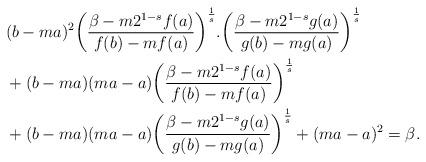
LaTeX: \begin{align*} &(b-ma)^2\bigg(\frac{\beta-m2^{1-s}f(a)}{f(b)-mf(a)}\bigg)^\frac{1}{s}.\bigg(\frac{\beta-m2^{1-s}g(a)}{g(b)-mg(a)}\bigg)^\frac{1}{s}\\ & + (b-ma)(ma-a) \bigg(\frac{\beta-m2^{1-s}f(a)}{f(b)-mf(a)}\bigg)^{\frac{1}{s}}\\ & +(b-ma)(ma-a)\bigg(\frac{\beta-m2^{1-s}g(a)}{g(b)-mg(a)}\bigg)^\frac{1}{s}+(ma-a)^2=\beta. \end{align*}